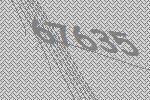
67635